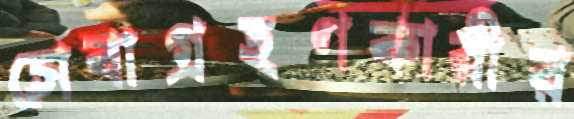
সেবাগ্রহণকারীর